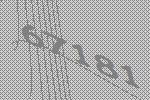
67181